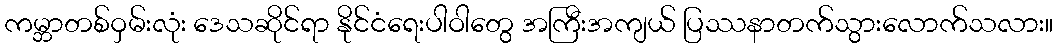
ကမ္ဘာတစ်ဝှမ်းလုံး ဒေသဆိုင်ရာ နိုင်ငံရေးပါဝါတွေ အကြီးအကျယ် ပြဿနာတက်သွားလောက်သလား။